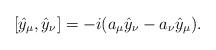
LaTeX: \begin{gather*}[\hat{y}_\mu,\hat{y}_\nu]=-i(a_\mu\hat{y}_\nu-a_\nu\hat{y}_\mu).\end{gather*}